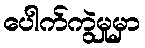
ပေါက်ကွဲမှုမှာ